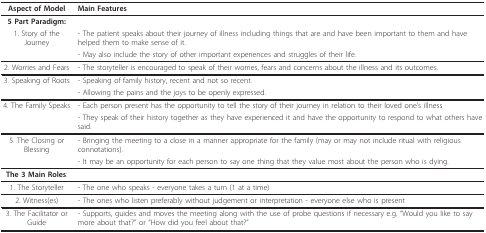
| Aspect of Model | Main Features |
 | --- | --- |
 | 5 Part Paradigm: |  |
 | 1. Story of the Journey | - The patient speaks about their journey of illness including things that are and have been important to them and have helped them to make sense of it. |
 |  | - May also include the story of other important experiences and struggles of their life. |
 | 2. Worries and Fears | - The storyteller is encouraged to speak of their worries, fears and concerns about the illness and its outcomes. |
 | 3. Speaking of Roots | - Speaking of family history, recent and not so recent. |
 |  | - Allowing the pains and the joys to be openly expressed. |
 | 4. The Family Speaks | - Each person present has the opportunity to tell the story of their journey in relation to their loved one's illness |
 |  | - They speak of their history together as they have experienced it and have the opportunity to respond to what others have said. |
 | 5. The Closing or Blessing | - Bringing the meeting to a close in a manner appropriate for the family (may or may not include ritual with religious connotations). |
 |  | - It may be an opportunity for each person to say one thing that they value most about the person who is dying. |
 | The 3 Main Roles: |  |
 | 1. The Storyteller | - The one who speaks - everyone takes a turn (1 at a time) |
 | 2. Witness(es) | - The ones who listen preferably without judgement or interpretation - everyone else who is present |
 | 3. The Facilitator or Guide | - Supports, guides and moves the meeting along with the use of probe questions if necessary e.g. "Would you like to say more about that?" or "How did you feel about that?" |